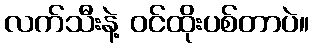
လက်သီးနဲ့ ဝင်ထိုးပစ်တာပဲ။